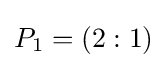
P_{1}=(2:1)